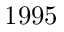
1 9 9 5